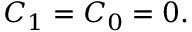
C _ { 1 } = C _ { 0 } = 0 .